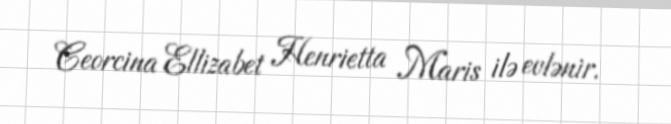
Ceorcina Ellizabet Henrietta Maris ilə evlənir.